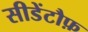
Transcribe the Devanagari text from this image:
सीडेंटौफ़